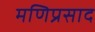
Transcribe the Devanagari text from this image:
मणिप्रसाद